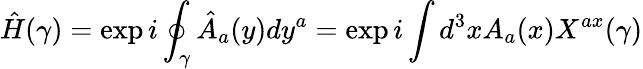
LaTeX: {\hat{H}}(\gamma)=\exp{i\oint_{\gamma}{\hat{A}}_{a}(y)dy^{a}}=\exp{i\int d^{3}xA_{a}(x)X^{ax}(\gamma)}